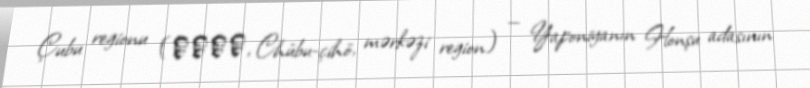
Çubu regionu (中部地方, Chūbu-çihō, mərkəzi region) — Yaponiyanın Honşu adasının